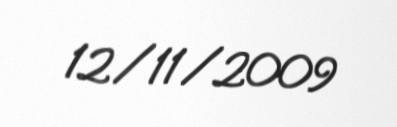
12/11/2009